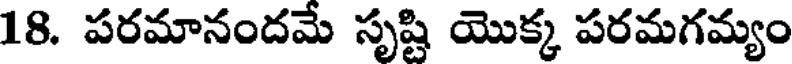
18. పరమానందమే సృష్టి యొక్క పరమగమ్యం